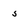
Character: 5